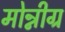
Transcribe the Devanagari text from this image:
मोन्नीग्र